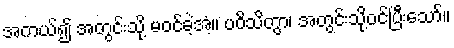
အကယ်၍ အတွင်းသို့ မဝင်ခဲ့အံ့။ ပဝိသိတွာ၊ အတွင်းသို့ဝင်ပြီးသော်။